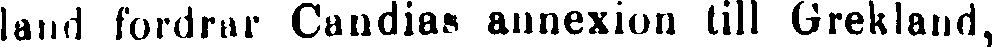
land fordrar Candias annexion till Grekland,